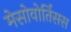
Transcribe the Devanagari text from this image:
मेसोवोर्तिसस